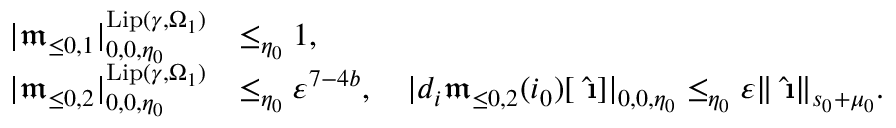
\begin{array} { r l } { | \mathfrak { m } _ { \le 0 , 1 } | _ { 0 , 0 , \eta _ { 0 } } ^ { \mathrm { L i p } ( \gamma , \Omega _ { 1 } ) } } & { \le _ { \eta _ { 0 } } 1 , } \\ { | \mathfrak { m } _ { \le 0 , 2 } | _ { 0 , 0 , \eta _ { 0 } } ^ { \mathrm { L i p } ( \gamma , \Omega _ { 1 } ) } } & { \le _ { \eta _ { 0 } } \varepsilon ^ { 7 - 4 b } , \quad | d _ { i } \mathfrak { m } _ { \le 0 , 2 } ( i _ { 0 } ) [ \hat { \textbf { \i } } ] | _ { 0 , 0 , \eta _ { 0 } } \le _ { \eta _ { 0 } } \varepsilon \rVert \hat { \textbf { \i } } \rVert _ { s _ { 0 } + \mu _ { 0 } } . } \end{array}